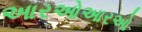
આરઓઆરઓ